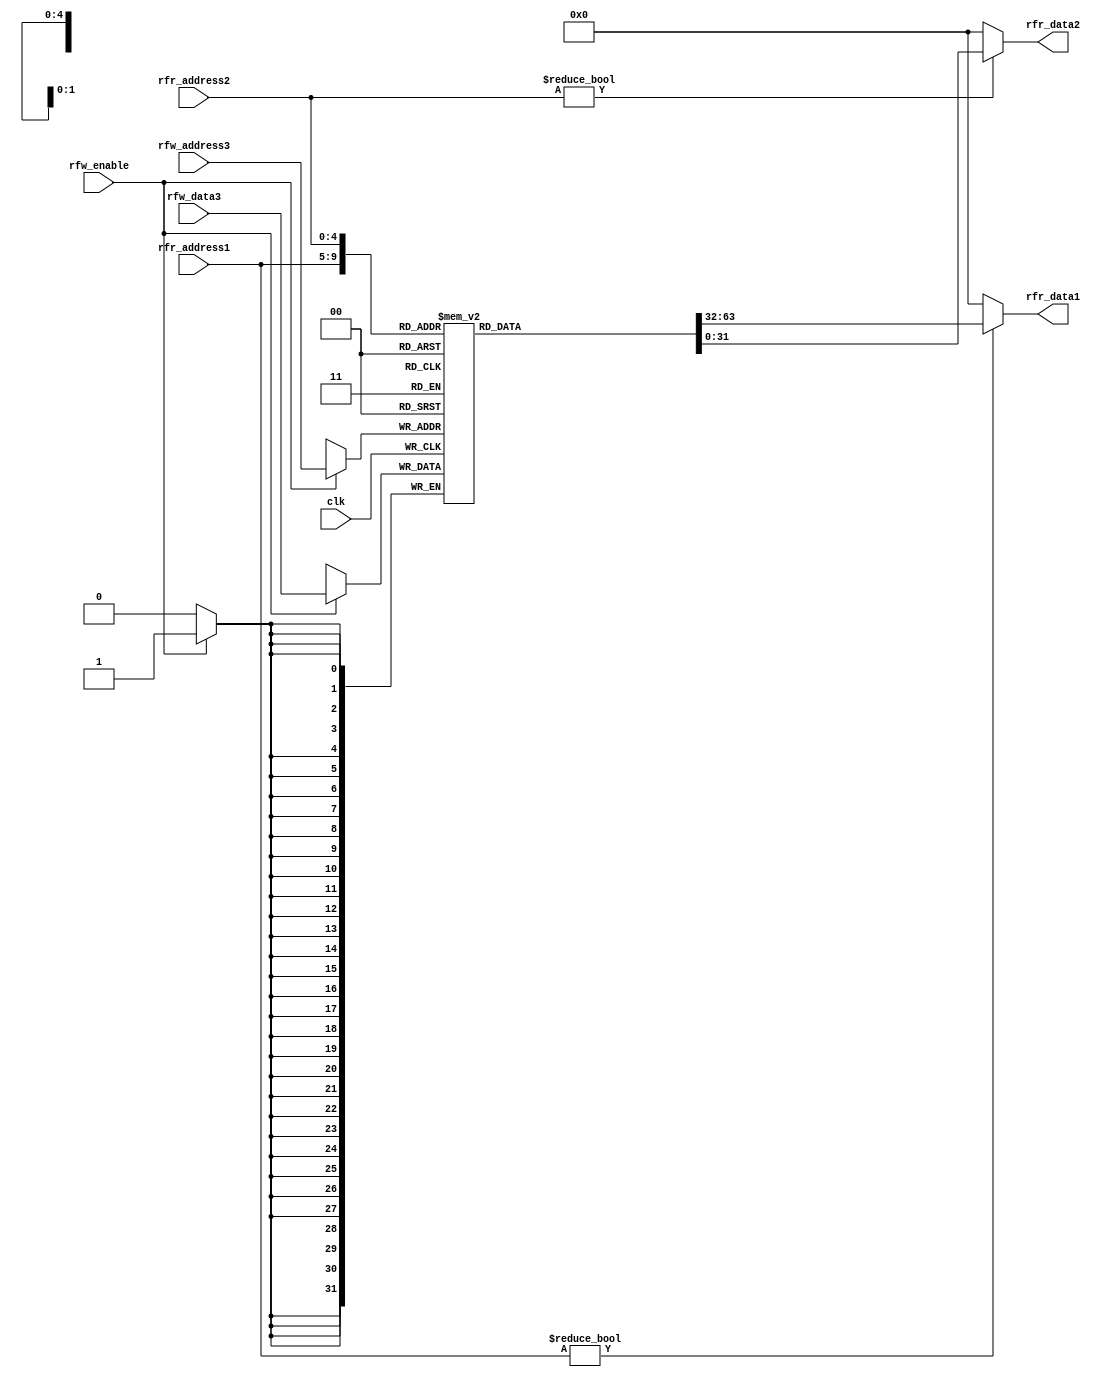

// Module RegisterFile 
//  Arquivo de Registradores visveis p/ Datapath
// *teste: Waveform3



module RegisterFile(input  wire clk, 
						  input  wire rfw_enable, 
						  input  wire [4:0]  rfr_address1, 
						  input  wire [4:0]  rfr_address2, 
						  input  wire [4:0]  rfw_address3, 
						  input  wire [31:0] rfw_data3,
						  output wire [31:0] rfr_data1,
						  output wire [31:0] rfr_data2);
						  

						  
  reg [31:0] Registradores[31:0];

  // three ported register file
  // read two ports combinationally
  // write third port on rising edge of clk
  // register 0 hardwired to 0
  // note: for pipelined processor, write third port
  // on falling edge of clk
  
  
  
  always @(posedge clk)
    if (rfw_enable) 
		Registradores[rfw_address3] <= rfw_data3;	

  assign rfr_data1 = (rfr_address1 != 0) ? Registradores[rfr_address1] : 0;
  assign rfr_data2 = (rfr_address2 != 0) ? Registradores[rfr_address2] : 0;
  
  
  
endmodule